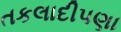
તકલાદીપણા